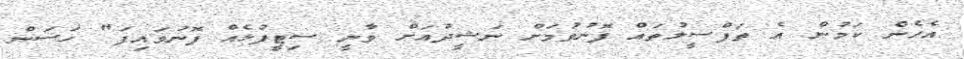
އެހެން ކަމުން އެ ތަފްސީލުތައް ފޮނުވުމަށް ނަޝީދުއަށް ވާނީ ސިޓީފުޅެއް ފޮނުވައިފަ" ހަސަން